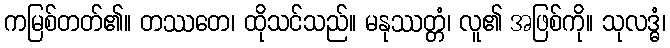
ကမြစ်တတ်၏။ တဿတေ၊ ထိုသင်သည်။ မနုဿတ္တံ၊ လူ၏ အဖြစ်ကို။ သုလဒ္ဓံ၊